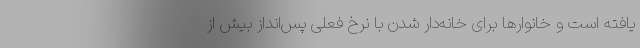
یافته است و خانوارها برای خانه‌دار شدن با نرخ فعلی پس‌انداز بیش از